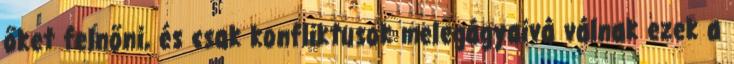
őket felnőni, és csak konfliktusok melegágyaivá válnak ezek a